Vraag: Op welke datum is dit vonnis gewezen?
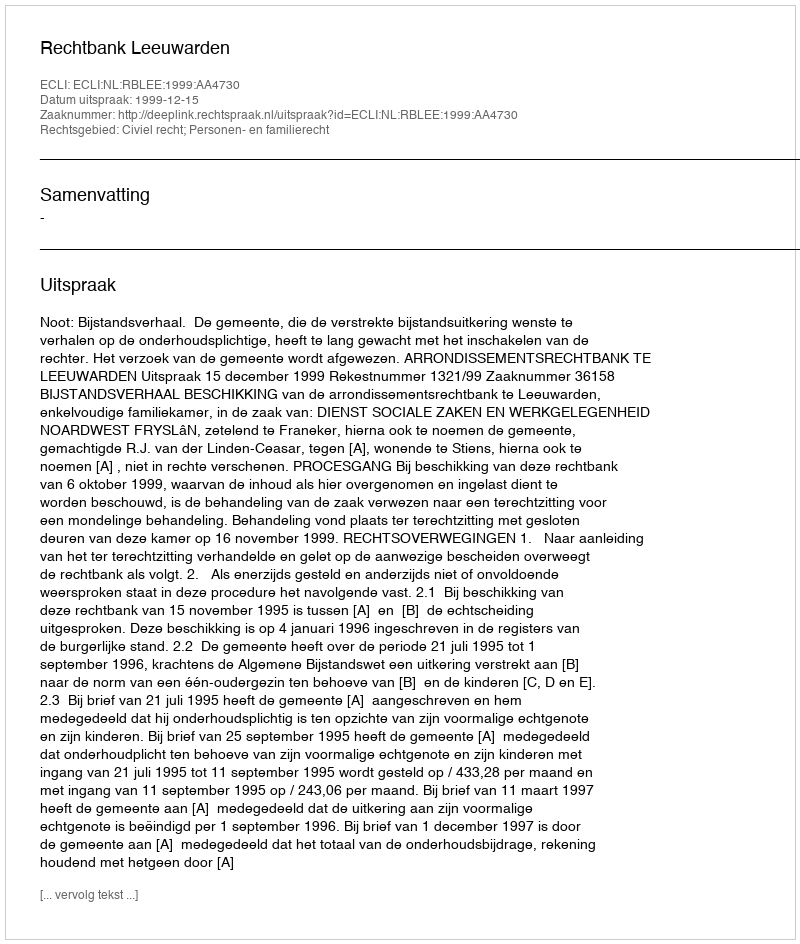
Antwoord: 1999-12-15